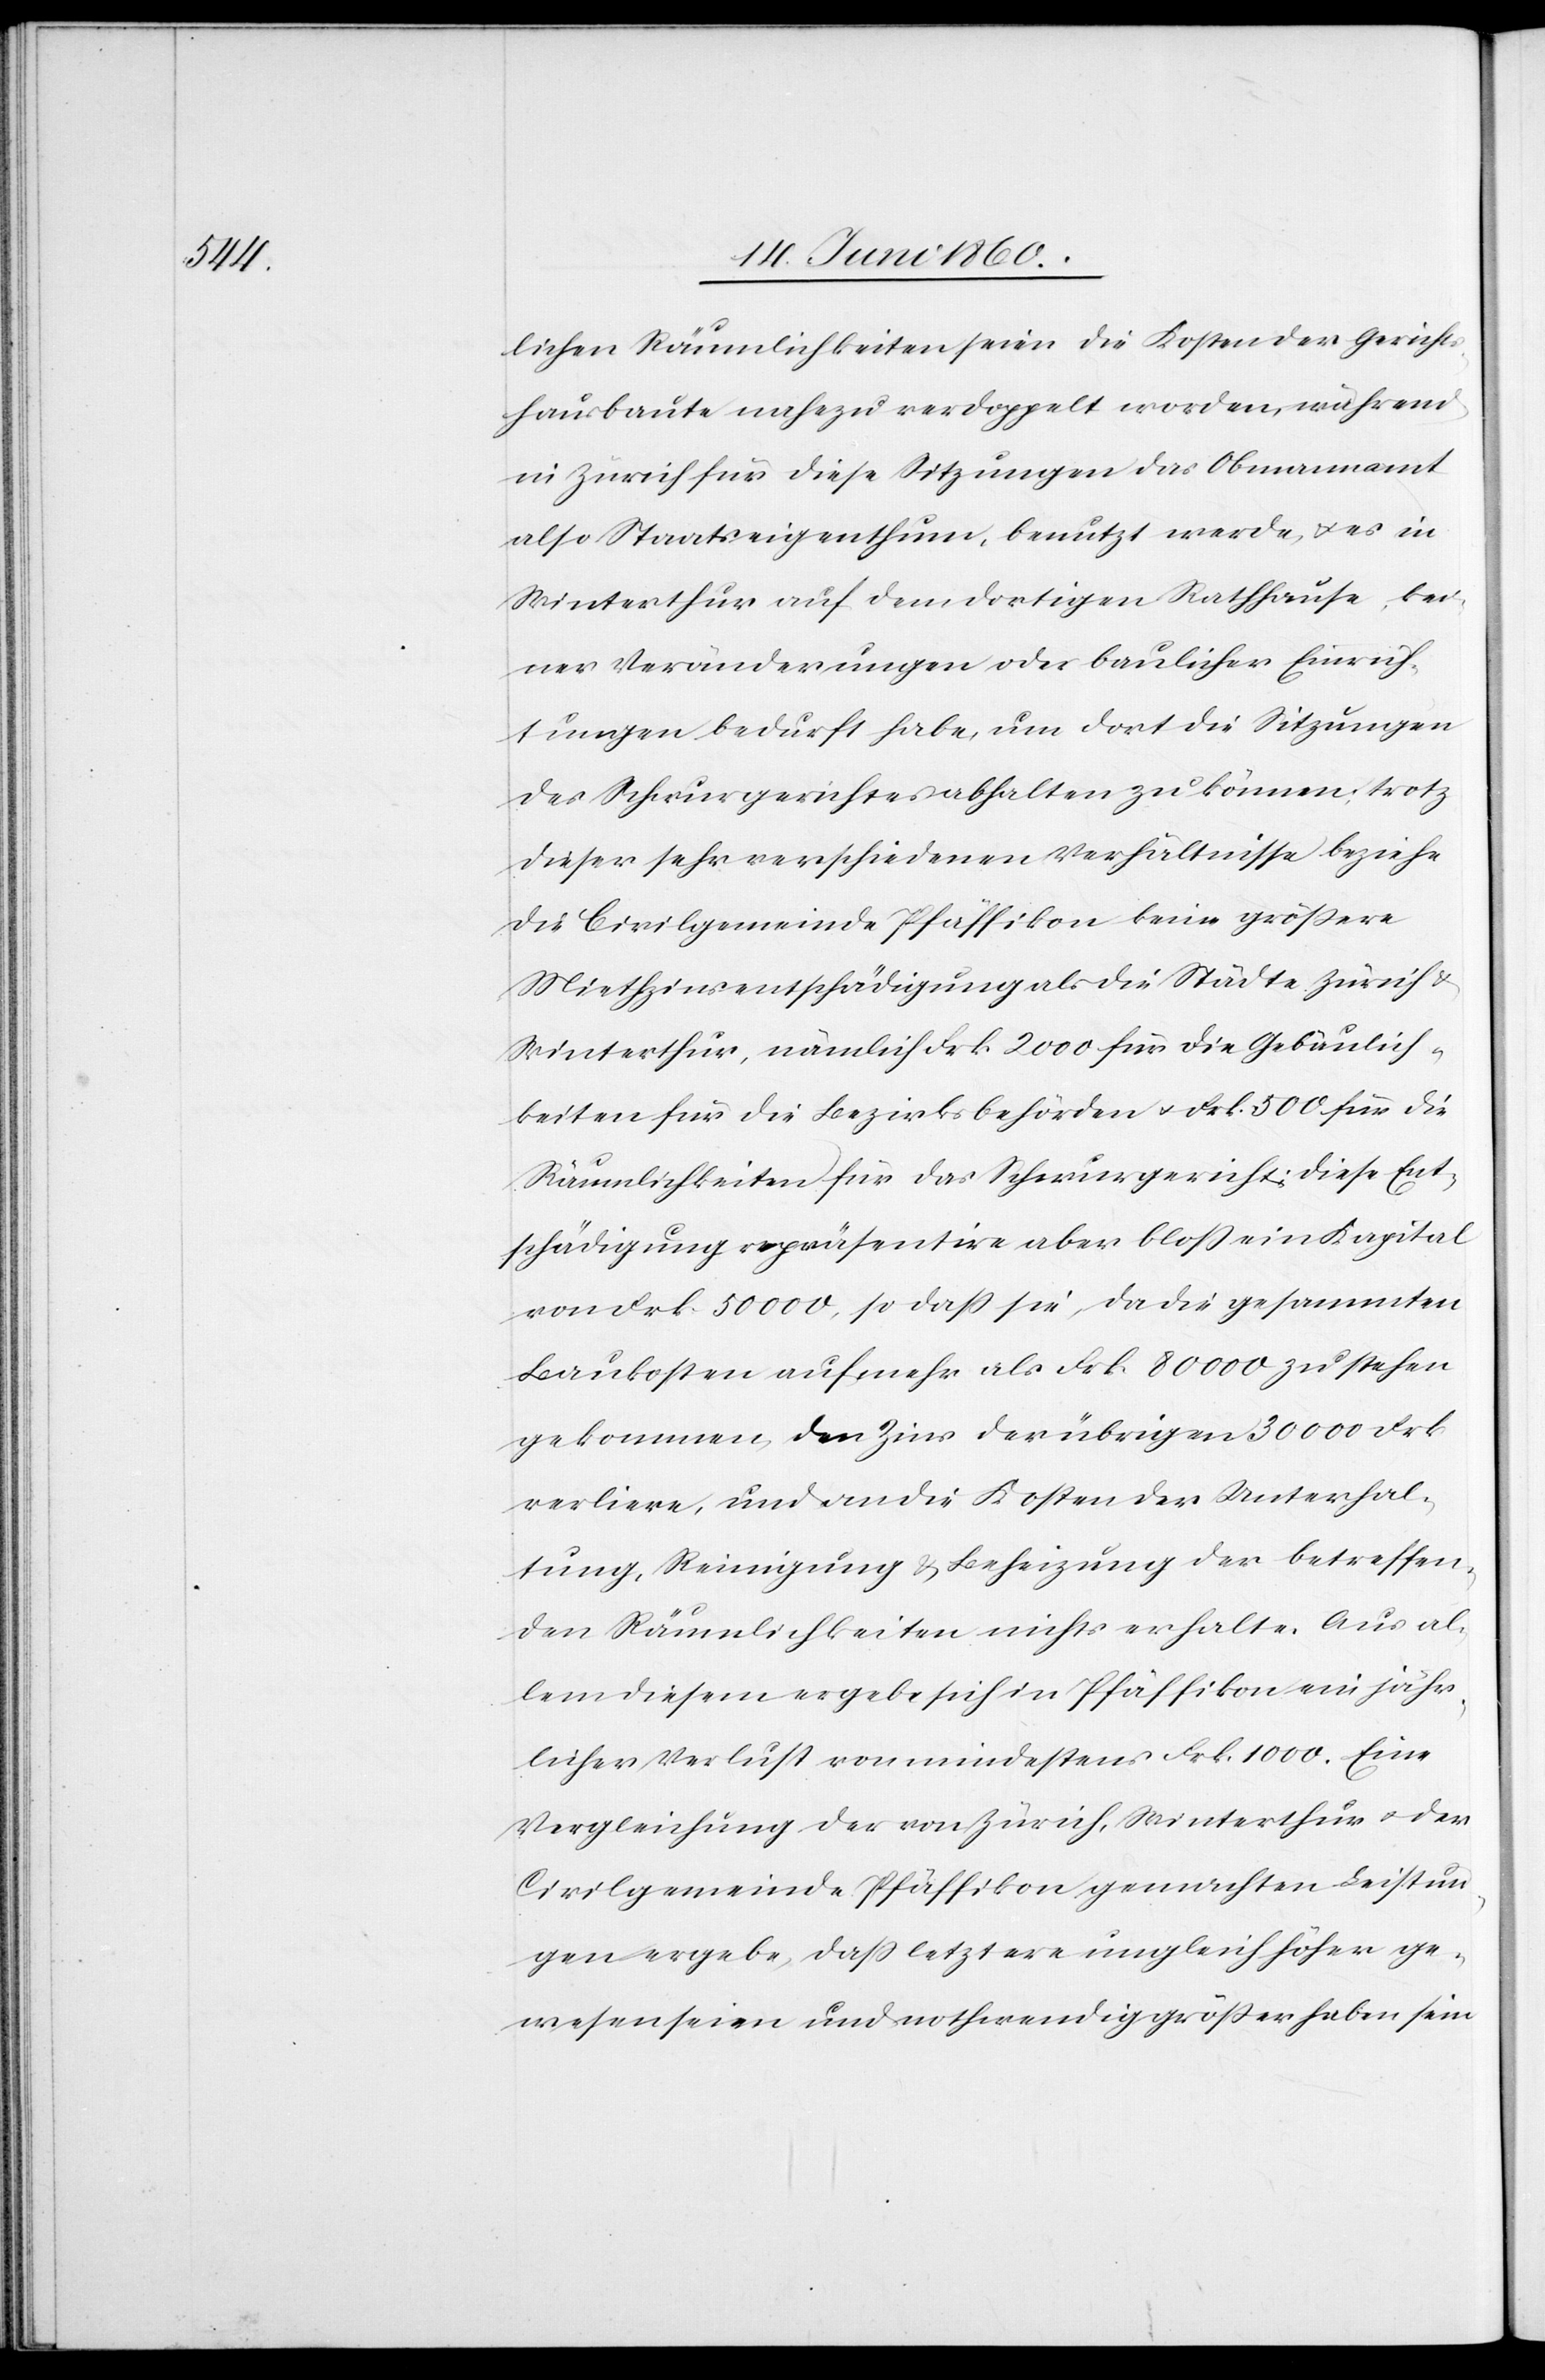
lichen Räumlichkeiten seien die Kosten der Gerichts¬
hausbaute nahezu verdoppelt worden, während
in Zürich für diese Sitzungen das Obmannamt
also Staatseigenthum, benutzt werde, u. es in
Winterthur auf dem dortigen Rathhause, kei¬
ner Veränderungen oder baulicher Einrich¬
tungen bedurft habe, um dort die Sitzungen
des Schwurgerichtes abhalten zu können; trotz
dieser sehr verschiedenen Verhältnisse beziehe
die Civilgemeinde Pfäffikon keine grössere
Miethzinsentschädigung als die Städte Zürich u.
Winterthur, nämlich Frk. 2000 für die Gebäulich¬
keiten für die Bezirksbehörden u. Frk. 500 für die
Räumlichkeiten für das Schwurgericht; diese Ent¬
schädigung repräsentire aber bloss ein Kapital
von Frk. 50 000, so dass sie, da die gesammten
Baukosten auf mehr als Frk. 80 000 zu stehen
gekommen, den Zins der übrigen 30 000 Frk.
verliere, und an die Kosten der Unterhal¬
tung, Reinigung u. Beheizung der betreffen¬
den Räumlichkeiten nichts erhalte. Aus al¬
lem diesem ergebe sich in Pfäffikon ein jähr¬
licher Verlust von mindestens Frk. 1000. Eine
Vergleichung der von Zürich, Winterthur u. der
Civilgemeinde Pfäffikon gemachten Leistun¬
gen ergebe, dass letztere ungleich höher ge¬
wesen seien und nothwendig größer haben sein